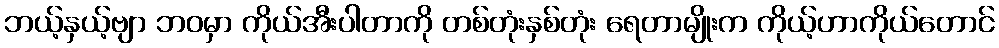
ဘယ့်နှယ့်ဗျာ ဘဝမှာ ကိုယ်အီးပါတာကို တစ်တုံးနှစ်တုံး ရေတာမျိုးက ကိုယ့်ဟာကိုယ်တောင်